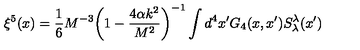
\xi ^ { 5 } ( x ) = \frac { 1 } { 6 } M ^ { - 3 } \bigg ( 1 - \frac { 4 \alpha k ^ { 2 } } { M ^ { 2 } } \bigg ) ^ { - 1 } \int d ^ { 4 } x ^ { \prime } G _ { 4 } ( x , x ^ { \prime } ) S _ { \lambda } ^ { \lambda } ( x ^ { \prime } )